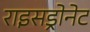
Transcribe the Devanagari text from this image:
राइसड्रोनेट